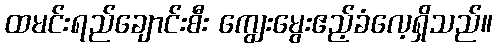
ထမင်းရည်ချောင်းစီး ကျွေးမွေးဧည့်ခံလေ့ရှိသည်။